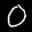
Label: 0